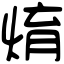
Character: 焴